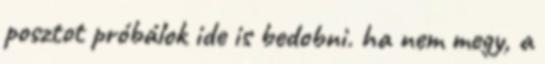
posztot próbálok ide is bedobni. ha nem megy, a